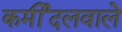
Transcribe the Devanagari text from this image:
कर्मीदलवाले